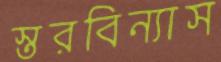
স্তরবিন্যাস